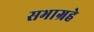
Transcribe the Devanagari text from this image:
सभाग्रहे